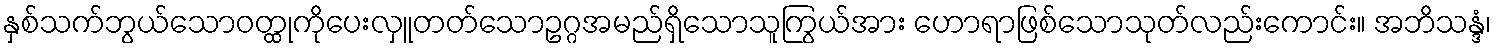
နှစ်သက်ဘွယ်သောဝတ္ထုကိုပေးလှူတတ်သောဥဂ္ဂအမည်ရှိသောသူကြွယ်အား ဟောရာဖြစ်သောသုတ်လည်းကောင်း။ အဘိသန္ဒံ၊